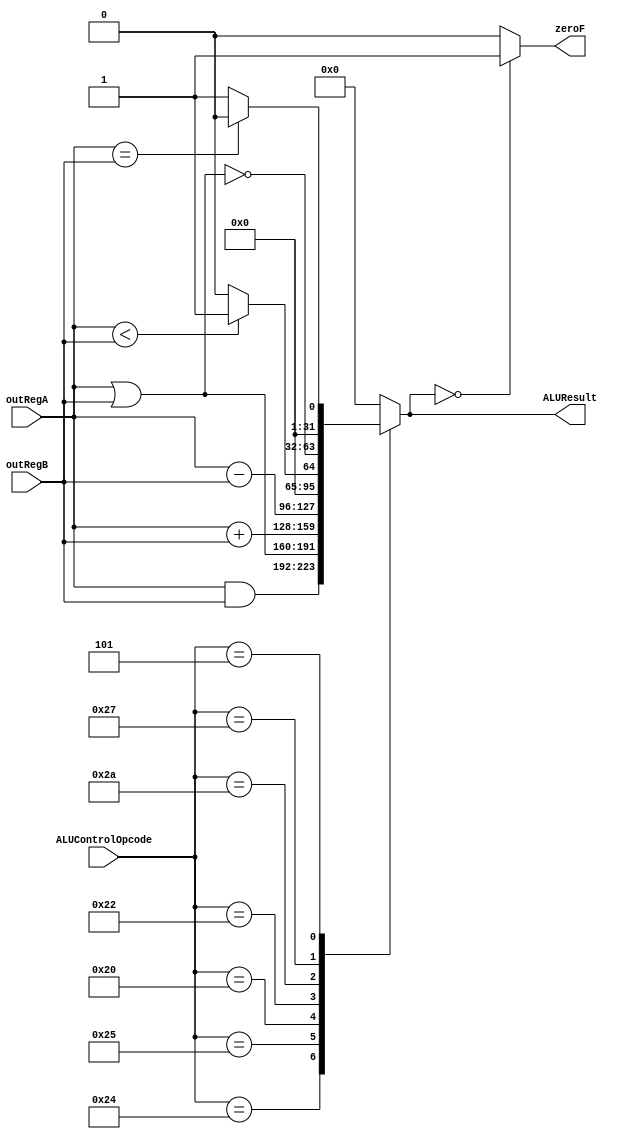
/*------------------------------------------------------------------ 
-- Haley Whitman & Andrew Hill
-- May 2016
-- CAES: Computer Architecture and Embedded Systems Laboratory
-- University of Oregon
-- Eugene, OR
-- 
--  
-- Filename: ALU.v
--
-----------------------------------------------------------------*/

module ALU(
	input[31:0] outRegA,
	input[31:0] outRegB,
	input[5:0] ALUControlOpcode,

	output reg[31:0] ALUResult,
	output reg zeroF
	);
/*
SUPPORTS:
-AND
-OR
-ADD
-ADDI
-SUB
-SLT
-XOR
-BEQ
-BNE
-LW test
-SW test
-J
-JAL
JR
*/
wire signed [31:0] A_signed, B_signed;
assign A_signed = outRegA;
assign B_signed = outRegB;


always@(*)begin
	case(ALUControlOpcode)
	6'b10_01_00: ALUResult = outRegA & outRegB; //AND
	6'b10_01_01: ALUResult = outRegA | outRegB; //OR
	6'b10_00_00: ALUResult = A_signed + B_signed; //ADD
	6'b10_00_10: ALUResult = outRegA - outRegB; //SUB
	6'b10_10_10: begin //slt
             		if(A_signed < B_signed) ALUResult = 1;
            		else ALUResult = 0;
          		end


	//ALUResult = (outRegA < outRegB) ? 1:0; //SLT
	6'b10_01_11: ALUResult = ~(outRegA | outRegB); //XOR
	6'b00_01_01: begin //bne
					if(A_signed == B_signed) begin
					ALUResult = 0;
					zeroF = 1;
					end
					else begin 
					ALUResult = 1;
					zeroF = 0;
					end
				end
	//{carryF, ALUResult} = {1'b0, outRegA} - {1'b0, outRegB}; //SUB
	// begin
 //             		if(A_signed < B_signed) ALUResult = 1;
 //            		else ALUResult = 0;
 //          		end
	default: begin
	zeroF = 0;
	ALUResult = 0;
	end
	endcase
	if(ALUResult == 0) zeroF = 1;
	else zeroF = 0;
	
end

endmodule